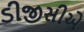
ડીજીસીએ